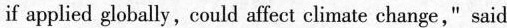
if applied globally, could affect climate change," said